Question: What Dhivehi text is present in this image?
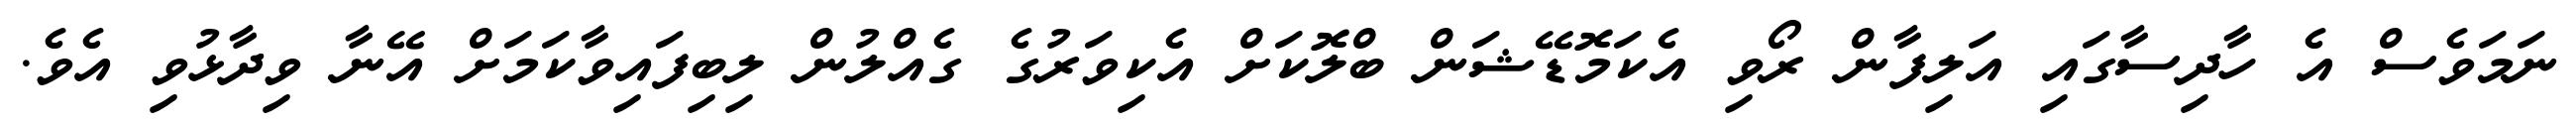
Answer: ނަމަވެސް އެ ހާދިސާގައި އަލިފާން ރޯވި އެކަމޮޑޭޝަން ބްލޮކަށް އެކިވަރުގެ ގެއްލުން ލިބިފައިވާކަމަށް އޭނާ ވިދާޅުވި އެވެ.